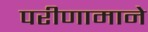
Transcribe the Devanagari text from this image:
परीणामाने